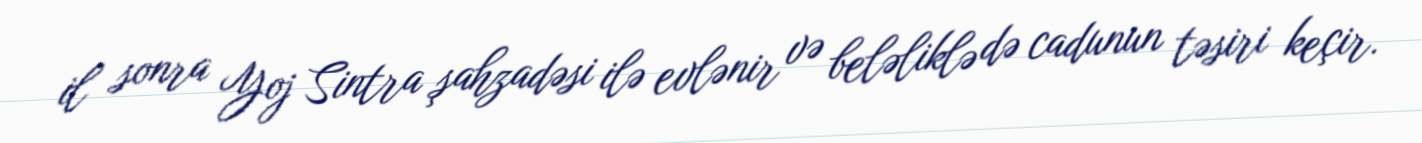
il sonra Yoj Sintra şahzadəsi ilə evlənir və beləliklə də cadunun təsiri keçir.